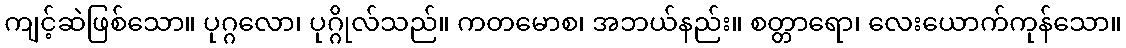
ကျင့်ဆဲဖြစ်သော။ ပုဂ္ဂလော၊ ပုဂ္ဂိုလ်သည်။ ကတမောစ၊ အဘယ်နည်း။ စတ္တာရော၊ လေးယောက်ကုန်သော။